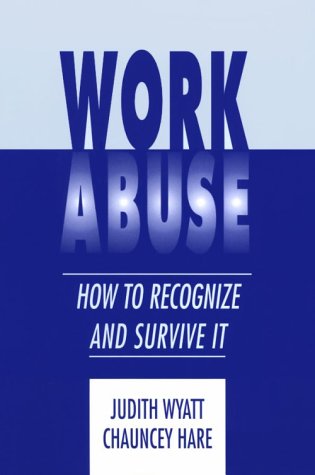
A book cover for Work Abuse: How to Recognize It and Survive It; Chauncey Hare; Business & Money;